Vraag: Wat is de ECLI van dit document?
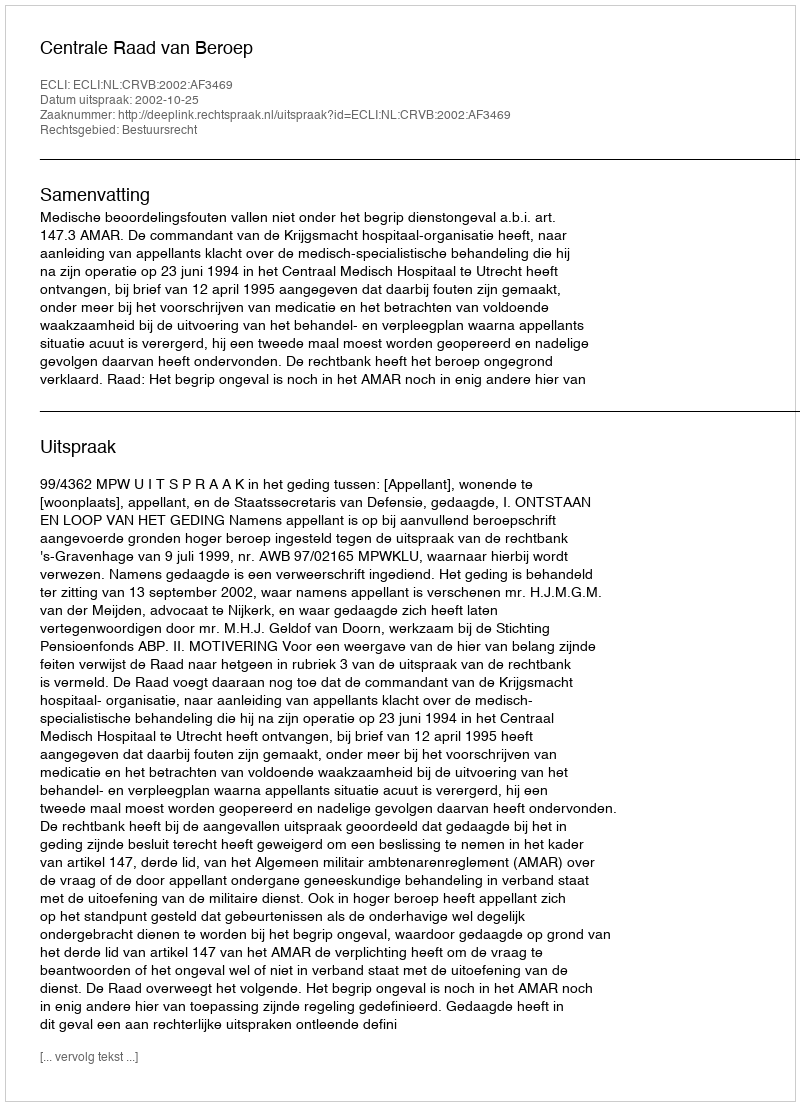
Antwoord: ECLI:NL:CRVB:2002:AF3469